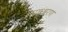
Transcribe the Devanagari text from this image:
।साधारण